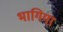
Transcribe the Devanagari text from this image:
भागिया